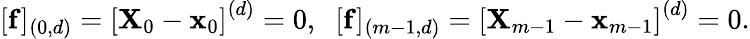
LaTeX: \begin{array}{r}{[\mathbf{f}]_{(0,d)}=\left[\mathbf{X}_{0}-\mathbf{x}_{0}\right]^{(d)}=0,\; \; [\mathbf{f}]_{(m-1,d)}=\left[\mathbf{X}_{m-1}-\mathbf{x}_{m-1}\right]^{(d)}=0.}\end{array}